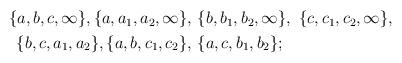
LaTeX: \begin{align*} \begin{aligned} \{a,b,c,\infty\}, \{a,a_1,a_2,\infty\}, \,\, & \{b,b_1,b_2,\infty\}, \,\, \{c, c_1,c_2,\infty\}, \\ \{b,c,a_1,a_2\}, \{a,b,c_1,c_2\}, \, \, & \{a,c,b_1,b_2\}; \end{aligned}\end{align*}